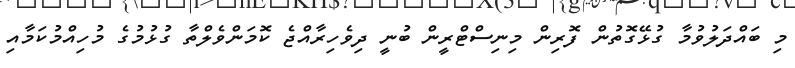
މި ބައްދަލުވުމާ ގުޅޭގޮތުން ފޮރިން މިނިސްޓްރީން ބުނީ ދިވެހިރާއްޖެ ކޮމަންވެލްތާ ގުޅުމުގެ މުހިއްމުކަމާއި